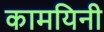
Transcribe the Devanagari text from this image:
कामयिनी